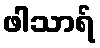
ဖါသာရ်